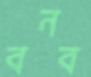
বনব